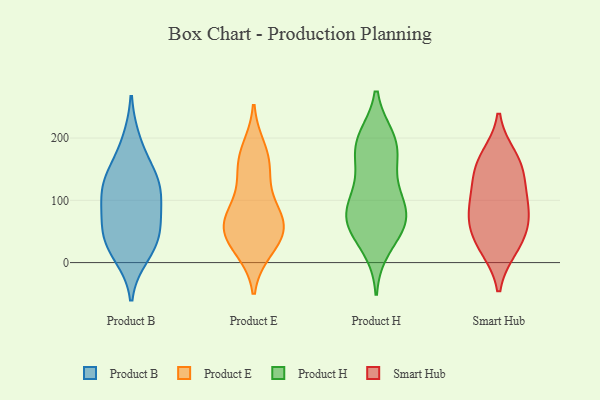
{"axis": {"x": "Page Views", "y": "Value"}, "legend": ["Product B", "Product E", "Product H", "Smart Hub"], "data": [{"x": "", "y": 146, "type": "Product B"}, {"x": "", "y": 78, "type": "Product B"}, {"x": "", "y": 38, "type": "Product B"}, {"x": "", "y": 127, "type": "Product B"}, {"x": "", "y": 30, "type": "Product B"}, {"x": "", "y": 48, "type": "Product B"}, {"x": "", "y": 85, "type": "Product B"}, {"x": "", "y": 194, "type": "Product B"}, {"x": "", "y": 129, "type": "Product B"}, {"x": "", "y": 13, "type": "Product B"}, {"x": "", "y": 115, "type": "Product B"}, {"x": "", "y": 75, "type": "Product E"}, {"x": "", "y": 65, "type": "Product E"}, {"x": "", "y": 182, "type": "Product E"}, {"x": "", "y": 127, "type": "Product E"}, {"x": "", "y": 165, "type": "Product E"}, {"x": "", "y": 155, "type": "Product E"}, {"x": "", "y": 21, "type": "Product E"}, {"x": "", "y": 26, "type": "Product E"}, {"x": "", "y": 51, "type": "Product E"}, {"x": "", "y": 82, "type": "Product E"}, {"x": "", "y": 61, "type": "Product E"}, {"x": "", "y": 47, "type": "Product E"}, {"x": "", "y": 104, "type": "Product H"}, {"x": "", "y": 149, "type": "Product H"}, {"x": "", "y": 70, "type": "Product H"}, {"x": "", "y": 105, "type": "Product H"}, {"x": "", "y": 198, "type": "Product H"}, {"x": "", "y": 69, "type": "Product H"}, {"x": "", "y": 185, "type": "Product H"}, {"x": "", "y": 58, "type": "Product H"}, {"x": "", "y": 196, "type": "Product H"}, {"x": "", "y": 25, "type": "Product H"}, {"x": "", "y": 182, "type": "Product H"}, {"x": "", "y": 79, "type": "Product H"}, {"x": "", "y": 62, "type": "Product H"}, {"x": "", "y": 27, "type": "Smart Hub"}, {"x": "", "y": 148, "type": "Smart Hub"}, {"x": "", "y": 79, "type": "Smart Hub"}, {"x": "", "y": 115, "type": "Smart Hub"}, {"x": "", "y": 169, "type": "Smart Hub"}, {"x": "", "y": 158, "type": "Smart Hub"}, {"x": "", "y": 24, "type": "Smart Hub"}, {"x": "", "y": 58, "type": "Smart Hub"}, {"x": "", "y": 101, "type": "Smart Hub"}, {"x": "", "y": 68, "type": "Smart Hub"}]}